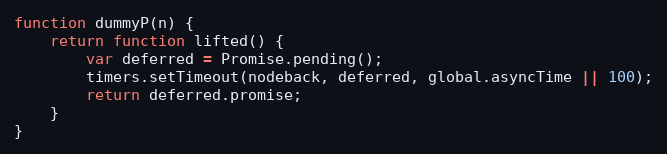
Language: JavaScript
function dummyP(n) {
    return function lifted() {
        var deferred = Promise.pending();
        timers.setTimeout(nodeback, deferred, global.asyncTime || 100);
        return deferred.promise;
    }
}